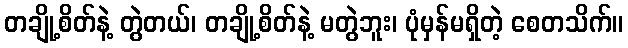
တချို့စိတ်နဲ့ တွဲတယ်၊ တချို့စိတ်နဲ့ မတွဲဘူး၊ ပုံမှန်မရှိတဲ့ စေတသိက်။